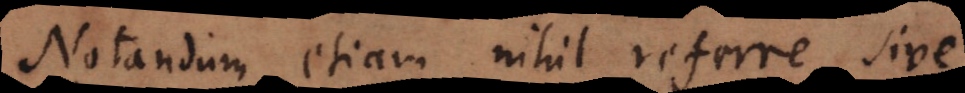
Notandum etiam nihil referre sive